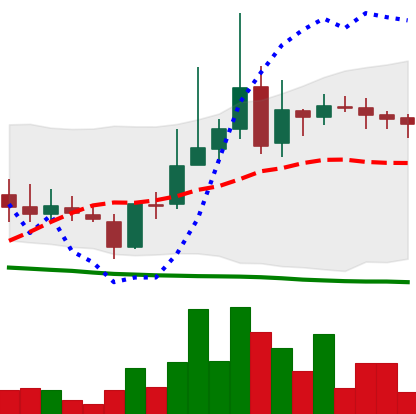
Ticker: LINK-USD
Chart end date: 2019-03-18
Forward return: -3.668%
Label: down_3_5